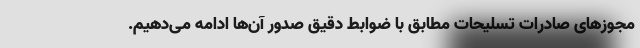
مجوزهای صادرات تسلیحات مطابق با ضوابط دقیق صدور آن‌ها ادامه می‌دهیم.